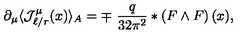
\partial _ { \mu } \langle { \mathcal J } _ { \ell / r } ^ { \mu } ( x ) \rangle _ { A } = \mp \ \frac { q } { 3 2 \pi ^ { 2 } } * \left( F \wedge F \right) ( x ) ,